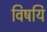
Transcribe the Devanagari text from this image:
विषयि